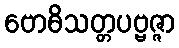
ဗောဓိသတ္တပဗ္ဗဇ္ဇာ